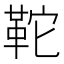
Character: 𩉺